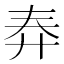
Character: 𱝔